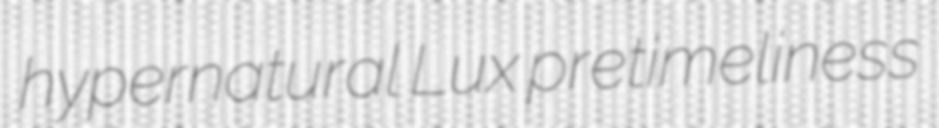
hypernatural Lux pretimeliness